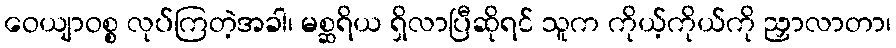
ဝေယျာဝစ္စ လုပ်ကြတဲ့အခါ၊ မစ္ဆရိယ ရှိလာပြီဆိုရင် သူက ကိုယ့်ကိုယ်ကို ညှာလာတာ၊